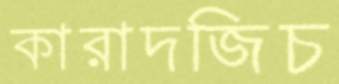
কারাদজিচ